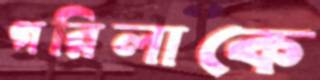
গরিলাকে